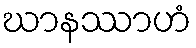
ဃာနဿာဟံ